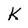
Character: K